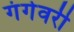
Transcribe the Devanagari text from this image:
गंगेवरी